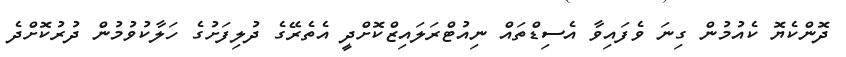
ދޮންކެޔޮ ކެއުމުން ގިނަ ވެފައިވާ އެސިޑްތައް ނިއުޓްރަލައިޒްކޮށްދީ އެތެރޭގެ ދުލިފަށުގެ ހަލާކުވުމުން ދުރުކޮށްދެ